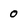
Character: 0